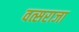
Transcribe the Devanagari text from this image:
वत्सराजा